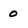
Character: 0